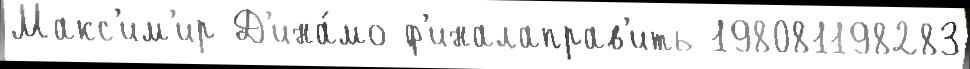
Макс'им'ир Д'ина́мо ф'иналаправ'ить 198081198283